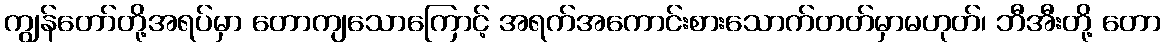
ကျွန်တော်တို့အရပ်မှာ တောကျသောကြောင့် အရက်အကောင်းစားသောက်တတ်မှာမဟုတ်၊ ဘီအီးတို့ တော